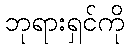
ဘုရားရှင်ကို